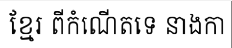
ខ្មែរ ពីកំណើតទេ នាងកា